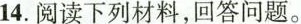
14.阅读下列材料，回答问题。